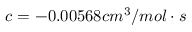
c = - 0 . 0 0 5 6 8 c m ^ { 3 } / m o l \cdot s